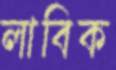
লাবিক